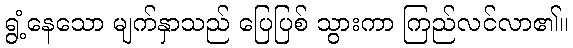
ရွံ့နေသော မျက်နှာသည် ပြေပြစ် သွားကာ ကြည်လင်လာ၏။